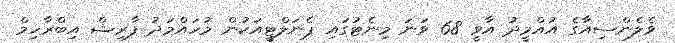
ވެލެންސިއާގެ އުއްމީދު އާވީ 68 ވަނަ މިނެޓުގައި ޕެނަލްޓީއަކުން މުހައްމަދު ފާރިޝް އިބްރާހިމް